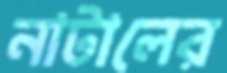
নাটালের